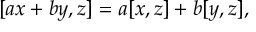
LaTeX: [ a x + b y , z ] = a [ x , z ] + b [ y , z ] ,